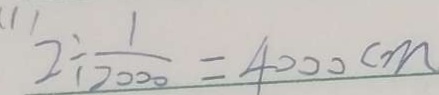
2 \div \frac { 1 } { 7 0 0 0 } = 4 0 0 0 c m